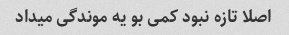
اصلا تازه نبود کمی بو یه موندگی میداد